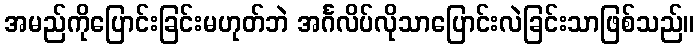
အမည်ကိုပြောင်းခြင်းမဟုတ်ဘဲ အင်္ဂလိပ်လိုသာပြောင်းလဲခြင်းသာဖြစ်သည်။